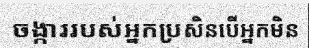
ចង្ការរបស់អ្នកប្រសិនបើអ្នកមិន